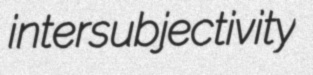
intersubjectivity